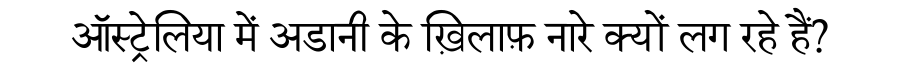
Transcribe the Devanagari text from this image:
ऑस्ट्रेलिया में अडानी के ख़िलाफ़ नारे क्यों लग रहे हैं?